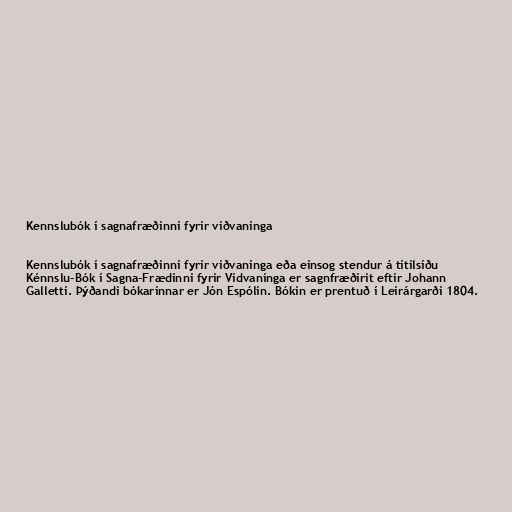
Kennslubók í sagnafræðinni fyrir viðvaninga

Kennslubók í sagnafræðinni fyrir viðvaninga eða einsog stendur á titilsíðu
Kénnslu-Bók í Sagna-Frædinni fyrir Vidvanínga er sagnfræðirit eftir Johann
Galletti. Þýðandi bókarinnar er Jón Espólín. Bókin er prentuð í Leirárgarði 1804.